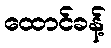
ထောင်ခန့်